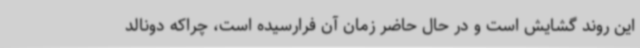
این روند گشایش است و در حال حاضر زمان آن فرارسیده است، چراکه دونالد